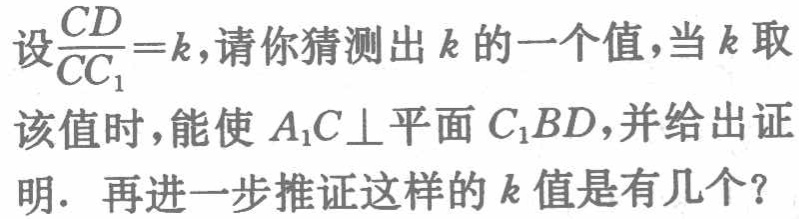
设$\frac{CD}{CC_{1}} = k$，请你猜测出$k$的一个值，当$k$取该值时，能使$A_{1}C\perp$平面$C_{1}BD$，并给出证明. 再进一步推证这样的$k$值是有几个？